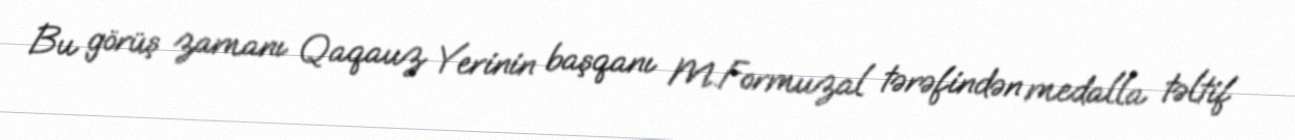
Bu görüş zamanı Qaqauz Yerinin başqanı M.Formuzal tərəfindən medalla təltif